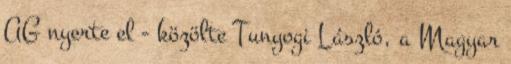
AG nyerte el - közölte Tunyogi László, a Magyar